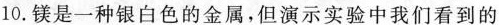
10.镁是一种银白色的金属，但演示实验中我们看到的